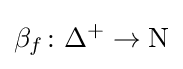
\beta _{f}\colon \Delta ^{+}\to \mathrm {N}